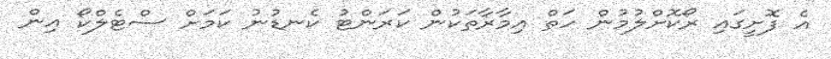
އެ ފޮށީގައި ރޯކޮށްލުމުން ހަތް އިމާރާތަކުން ކަރަންޓު ކެނޑުނު ކަމަށް ސްޓެލްކޯ އިން